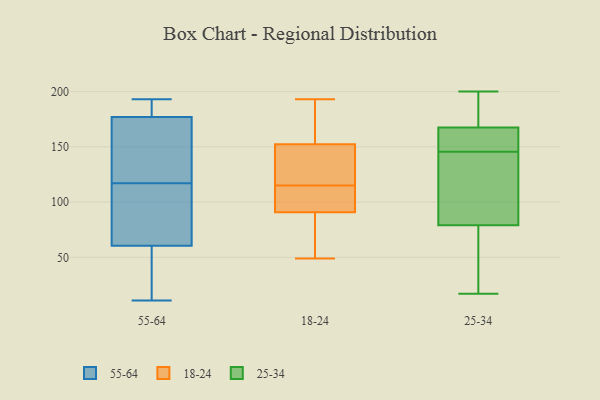
{"axis": {"x": "Temperature (°C)", "y": "Value"}, "legend": ["18-24", "25-34", "55-64"], "data": [{"x": "", "y": 114, "type": "55-64"}, {"x": "", "y": 115, "type": "55-64"}, {"x": "", "y": 41, "type": "55-64"}, {"x": "", "y": 27, "type": "55-64"}, {"x": "", "y": 17, "type": "55-64"}, {"x": "", "y": 175, "type": "55-64"}, {"x": "", "y": 80, "type": "55-64"}, {"x": "", "y": 11, "type": "55-64"}, {"x": "", "y": 119, "type": "55-64"}, {"x": "", "y": 190, "type": "55-64"}, {"x": "", "y": 189, "type": "55-64"}, {"x": "", "y": 179, "type": "55-64"}, {"x": "", "y": 129, "type": "55-64"}, {"x": "", "y": 85, "type": "55-64"}, {"x": "", "y": 193, "type": "55-64"}, {"x": "", "y": 153, "type": "55-64"}, {"x": "", "y": 159, "type": "18-24"}, {"x": "", "y": 115, "type": "18-24"}, {"x": "", "y": 49, "type": "18-24"}, {"x": "", "y": 98, "type": "18-24"}, {"x": "", "y": 60, "type": "18-24"}, {"x": "", "y": 92, "type": "18-24"}, {"x": "", "y": 150, "type": "18-24"}, {"x": "", "y": 174, "type": "18-24"}, {"x": "", "y": 119, "type": "18-24"}, {"x": "", "y": 95, "type": "18-24"}, {"x": "", "y": 193, "type": "18-24"}, {"x": "", "y": 94, "type": "18-24"}, {"x": "", "y": 159, "type": "18-24"}, {"x": "", "y": 87, "type": "18-24"}, {"x": "", "y": 62, "type": "18-24"}, {"x": "", "y": 140, "type": "18-24"}, {"x": "", "y": 147, "type": "18-24"}, {"x": "", "y": 43, "type": "25-34"}, {"x": "", "y": 149, "type": "25-34"}, {"x": "", "y": 19, "type": "25-34"}, {"x": "", "y": 154, "type": "25-34"}, {"x": "", "y": 200, "type": "25-34"}, {"x": "", "y": 151, "type": "25-34"}, {"x": "", "y": 200, "type": "25-34"}, {"x": "", "y": 106, "type": "25-34"}, {"x": "", "y": 154, "type": "25-34"}, {"x": "", "y": 185, "type": "25-34"}, {"x": "", "y": 142, "type": "25-34"}, {"x": "", "y": 17, "type": "25-34"}, {"x": "", "y": 181, "type": "25-34"}, {"x": "", "y": 101, "type": "25-34"}, {"x": "", "y": 57, "type": "25-34"}, {"x": "", "y": 126, "type": "25-34"}]}